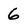
Character: 6